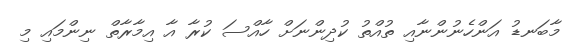
މާބަނޑު އަންހެނުންނާއި ތުއްތު ކުދިންނަށް ހާއްސަ ކުރާ އާ އިމާރާތް ނިންމައި މި